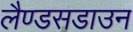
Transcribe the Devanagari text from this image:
लैण्डसडाउन